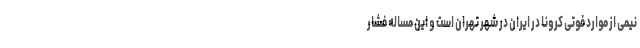
نیمی از موارد فوتی کرونا در ایران در شهر تهران است و این مساله فشار